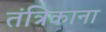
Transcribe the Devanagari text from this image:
तंत्रिकाना